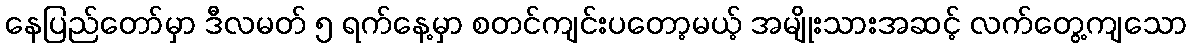
နေပြည်တော်မှာ ဒီလမတ် ၅ ရက်နေ့မှာ စတင်ကျင်းပတော့မယ့် အမျိုးသားအဆင့် လက်တွေ့ကျသော